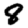
Digit: 8